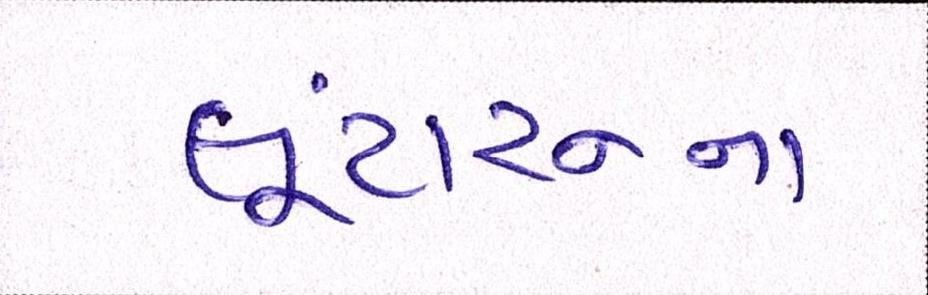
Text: લૂંટારુના